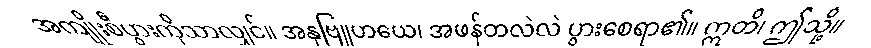
အကျိုးစီပွားကိုသာလျှင်။ အနုဗြူဟယေ၊ အဖန်တလဲလဲ ပွားစေရာ၏။ ဣတိ၊ ဤသို့။